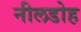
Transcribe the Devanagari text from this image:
नीलडोह